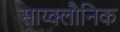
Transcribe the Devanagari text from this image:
साय्क्लौनिक